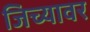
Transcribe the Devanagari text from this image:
जिच्यावर